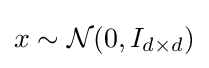
x\sim {\mathcal {N}}(0,I_{d\times d})